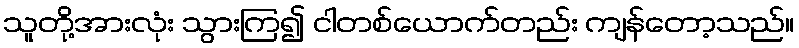
သူတို့အားလုံး သွားကြ၍ ငါတစ်ယောက်တည်း ကျန်တော့သည်။